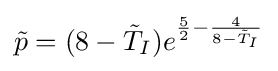
{\tilde {p}}=(8-{\tilde {T}}_{I})e^{{\frac {5}{2}}-{\frac {4}{8-{\tilde {T}}_{I}}}}